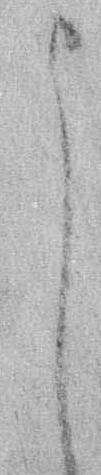
よ